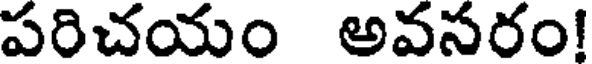
పరిచయం అవసరం!